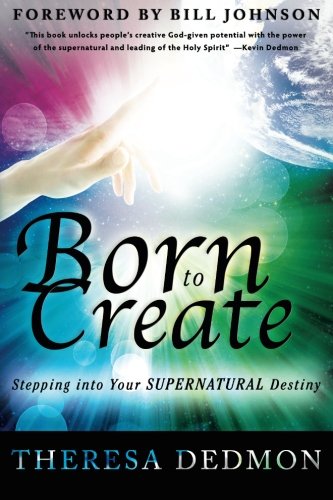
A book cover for Born to Create: Stepping Into Your Supernatural Destiny; Theresa Dedmon; Arts & Photography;